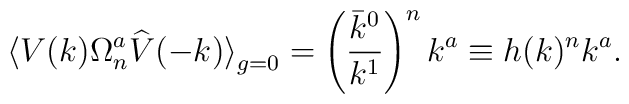
\big\langle V (k)  \Omega_n^a \widehat{V}(-k) \big\rangle_{g=0} = \left ( \frac{\bar{k}^0}{k^1} \right )^n k^a \equiv h(k)^n k^a.